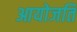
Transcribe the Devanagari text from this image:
आयोजति